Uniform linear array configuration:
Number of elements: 4
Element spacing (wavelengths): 0.25
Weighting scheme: kaiser
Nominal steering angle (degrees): -45
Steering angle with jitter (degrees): -44.285
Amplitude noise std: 0.05
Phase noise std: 0.05

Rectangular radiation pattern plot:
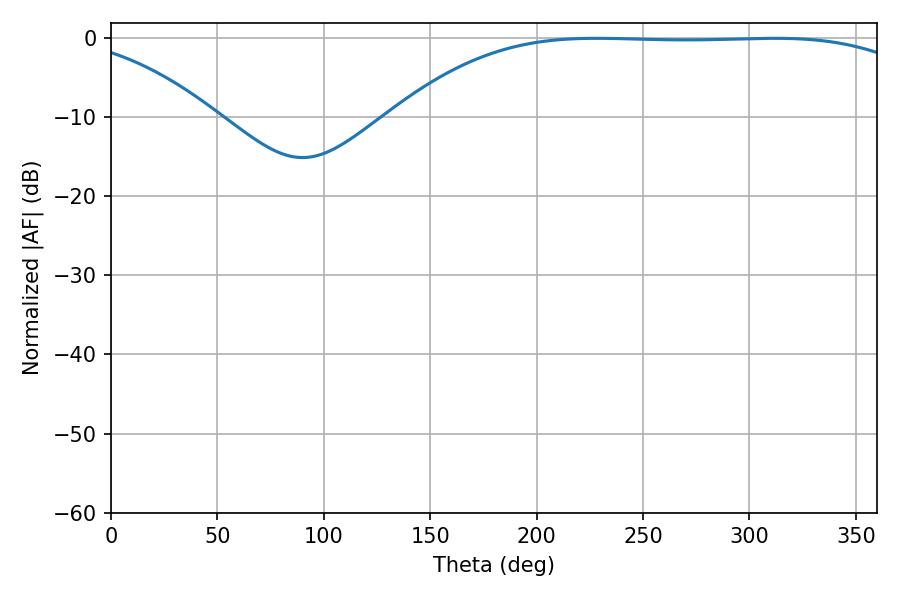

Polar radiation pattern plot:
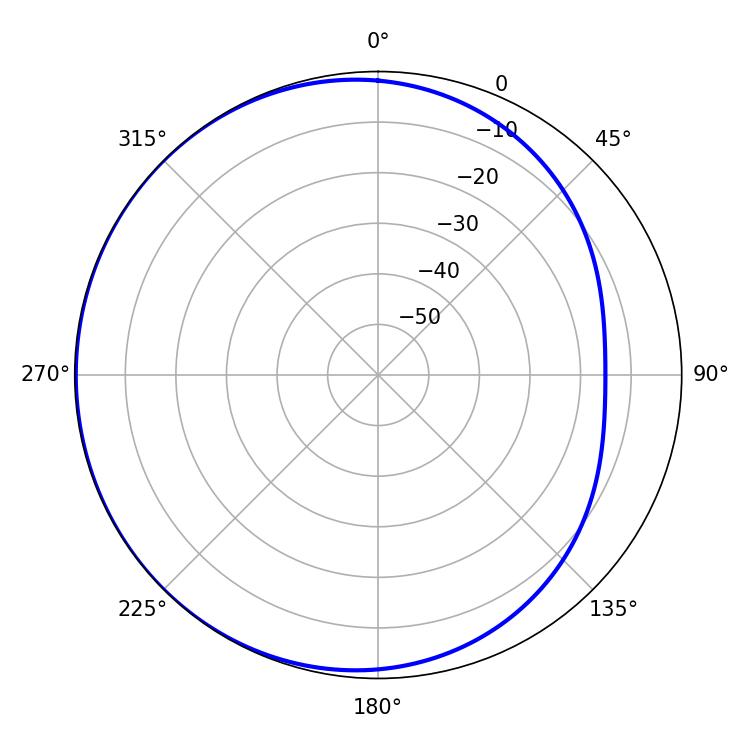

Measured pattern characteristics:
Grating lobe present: FALSE
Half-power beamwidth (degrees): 191.52
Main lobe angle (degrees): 228.24